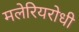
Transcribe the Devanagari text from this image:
मलेरियरोधी